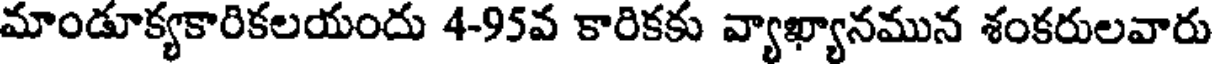
మాండూక్యకారికలయందు 4-95వ కారికకు వ్యాఖ్యానమున శంకరులవారు